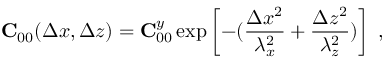
{ \bf C } _ { 0 0 } ( \Delta x , \Delta z ) = { \bf C } _ { 0 0 } ^ { y } \exp \left[ - ( \frac { \Delta x ^ { 2 } } { \lambda _ { x } ^ { 2 } } + \frac { \Delta z ^ { 2 } } { \lambda _ { z } ^ { 2 } } ) \right] \mathrm { ~ , ~ }